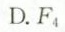
D.F_{4}